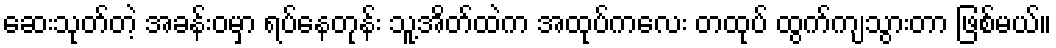
ဆေးသုတ်တဲ့ အခန်းဝမှာ ရပ်နေတုန်း သူ့အိတ်ထဲက အထုပ်ကလေး တထုပ် ထွက်ကျသွားတာ ဖြစ်မယ်။